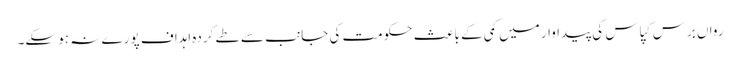
رواں برس کپاس کی پیداوار میں کمی کے باعث حکومت کی جانب سے طے کردہ اہداف پورے نہ ہو سکے۔